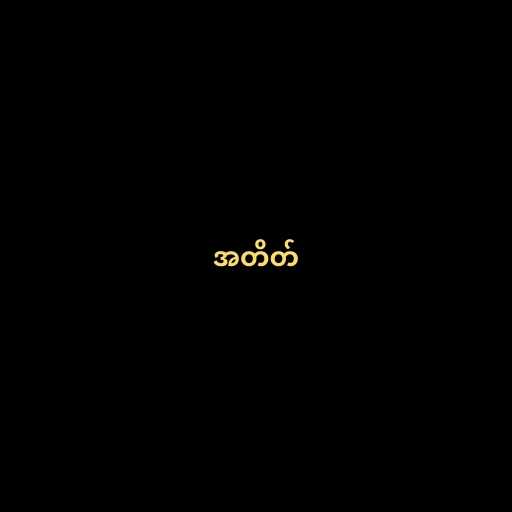
အတိတ်